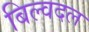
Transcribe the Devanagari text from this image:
बिल्वदल